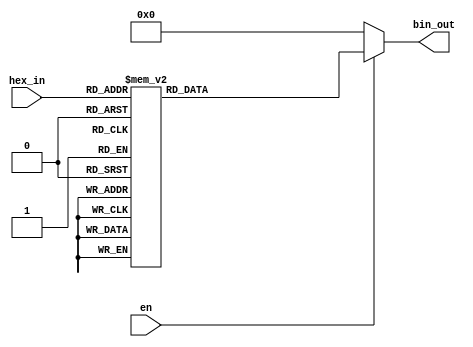
module decoder_case
(input wire [3:0] hex_in,
input wire en,
output reg [15:0] bin_out);

always @ (hex_in or en) begin
bin_out = 0;
if (en) begin
case (hex_in) 
4'h0 : bin_out = 4'h0001;
4'h1 : bin_out = 4'h0002;
4'h2 : bin_out = 4'h0004;
4'h3 : bin_out = 4'h0008;
4'h4 : bin_out = 4'h0010;
4'h5 : bin_out = 4'h0020;
4'h6 : bin_out = 4'h0040;
4'h7 : bin_out = 4'h0080;
4'h8 : bin_out = 4'h0100;
4'h9 : bin_out = 4'h0200;
4'hA : bin_out = 4'h0400;
4'hB : bin_out = 4'h0800;
4'hC : bin_out = 4'h1000;
4'hD : bin_out = 4'h2000;
4'hE : bin_out = 4'h4000;
4'hF : bin_out = 4'h8000;
endcase
end
end
endmodule